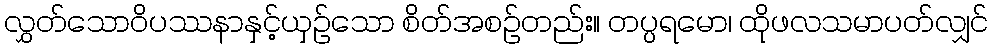
လွှတ်သောဝိပဿနာနှင့်ယှဉ်သော စိတ်အစဉ်တည်း။ တပ္ပရမော၊ ထိုဖလသမာပတ်လျှင်